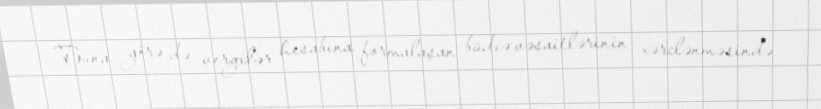
Buna görə də vergilər hesabına formalaşan büdcə vəsaitlərinin xərclənməsində